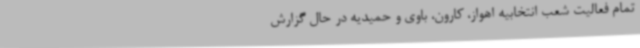
تمام فعالیت شعب انتخابیه اهواز، کارون، باوی و حمیدیه در حال گزارش